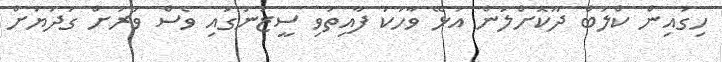
ހިގައިން ކްލަބް ދޫކޮށްލަން އުޅޭ ވާހަކަ ފާއިތުވި ސީޒަނުގައި ވެސް ވަރަށް ގަދަޔަށް